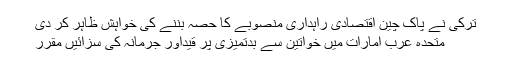
ترکی نے پاک چین اقتصادی راہداری منصوبے کا حصہ بننے کی خواہش ظاہر کر دی
متحدہ عرب امارات میں خواتین سے بدتمیزی پر قیداور جرمانہ کی سزائیں مقرر